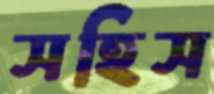
সহিস